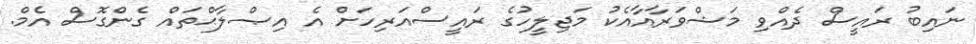
ނައިބު ރައީސް ދެއްވި މަޝްވަރާއާއެކު މަޖިލީހުގެ ރައީސްއަރިހަށް އެ އިޞްލާޙްތައް ގެންގޮސް އެމް.